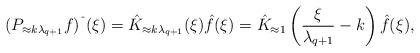
LaTeX: \begin{align*} (P_{\approx k \lambda_{q+1}} f)^{\hat \ }(\xi) = \hat K_{\approx k \lambda_{q+1}}(\xi) \hat f(\xi) = \hat{K}_{\approx 1}\left( \frac{\xi}{\lambda_{q+1}} - k \right) \hat{f}(\xi),\end{align*}